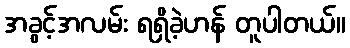
အခွင့်အလမ်း ရရှိခဲ့ဟန် တူပါတယ်။